Indian journal of veterinary science and animal husbandry - Volumes 15-17, 1948-1951
Year: 1948
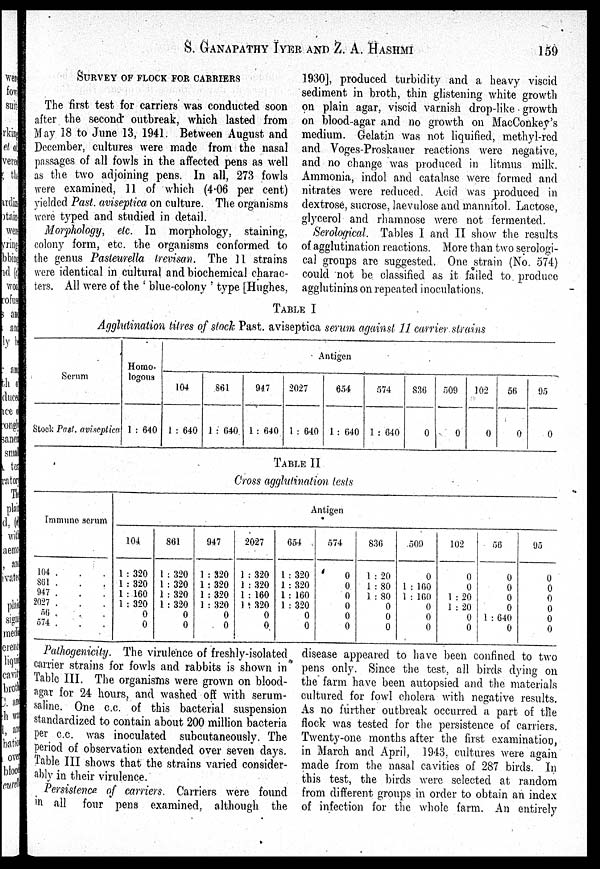
S. GANAPATHY IYER AND Z. A.
HASHMI
159
SURVEY OF FLOCK FOR CARRIERS
The first test for carriers was conducted soon
after the second outbreak, which lasted from
May 18 to June 13, 1941. Between August and
December, cultures were made from the nasal
passages of all fowls in the affected pens as well
as the two adjoining pens. In all, 273 fowls
were examined, 11 of which (4.06 per cent)
yielded Past. aviseptica on culture. The organisms
were typed and studied in detail.
Morphology, etc. In morphology, staining,
colony form, etc. the organisms conformed to
the genus Pasteurella trevisan. The 11 strains
were identical in cultural and biochemical charac-
ters. All were of the 'blue-colony' type [Hughes,
1930], produced turbidity and a heavy viscid
sediment in broth, thin glistening white growth
on plain agar, viscid varnish drop-like growth
on blood-agar and no growth on MacConkey's
medium. Gelatin was not liquified, methyl-red
and Voges-Proskauer reactions were negative,
and no change was produced in litmus milk.
Ammonia, indol and catalase were formed and
nitrates were reduced. Acid was produced in
dextrose, sucrose, laevulose and mannitol. Lactose,
glycerol and rhamnose were not fermented.
Serological. Tables I and II show the results
of agglutination reactions. More than two serologi-
cal groups are suggested. One strain (No. 574)
could not be classified as it failed to produce
agglutinins on repeated inoculations.
TABLE I
Agglutination titres of stock Past. aviseptica serum against 11 carrier strains
Serum
Stock Past. aviseptica
Homo-
logous
1:640
Antigen
104
1:640
861
1:640
947
1:640
2027
1:640
654
1:640
574
1:640
836
0
509
0
102
0
56
0
95
0
TABLE II
Cross agglutination tests
Immune serum
104 . . .
861 . . .
947 . . .
2027 . . .
56 . . .
574 . . .
Antigen
104.
1:320
1:320
1:160
1:320
0
0
801
1:320
1:320
1:320
1:320
0
0
947
1:320
1:320
1:320
1:320
0
0
2027
1:320
1:320
1:160
1:320
0
0
654
1:320
1:320
1:160
1:320
0
0
574
0
0
0
0
0
0
836
1:20
1:80
1:80
0
0
0
509
0
1:160
1:160
0
0
0
102
0
0
1:20
1:20
0
0
56
0
0
0
0
1:640
0
95
0
0
0
0
0
0
Pathogenicity. The virulence of freshly-isolated
carrier strains for fowls and rabbits is shown in
Table III. The organisms were grown on blood-
agar for 24 hours, and washed off with serum-
saline. One c.c. of this bacterial suspension
standardized to contain about 200 million bacteria
per c.c. was inoculated subcutaneously. The
period of observation extended over seven days.
Table III shows that the strains varied consider-
ably in their virulence.
Persistence of carriers. Carriers were found
in all four pens examined, although the
disease appeared to have been confined to two
pens only. Since the test, all birds dying on
the farm have been autopsied and the materials
cultured for fowl cholera with negative results.
As no further outbreak occurred a part of the
flock was tested for the persistence of carriers.
Twenty-one months after the first examination,
in March and April, 1943. cultures were again
made from the nasal cavities of 287 birds. In
this test, the birds were selected at random
from different groups in order to obtain an index
of infection for the whole farm. An entirely